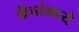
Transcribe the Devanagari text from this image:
फ्रेंचांमध्ये